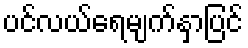
ပင်လယ်ရေမျက်နှာပြင်